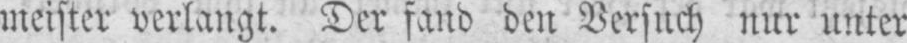
meister verlangt. Der fand den Versuch nur unter